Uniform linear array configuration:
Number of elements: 12
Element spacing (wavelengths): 0.75
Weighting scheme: kaiser
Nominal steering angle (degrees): -60
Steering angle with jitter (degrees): -60.566
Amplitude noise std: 0.05
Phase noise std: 0.05

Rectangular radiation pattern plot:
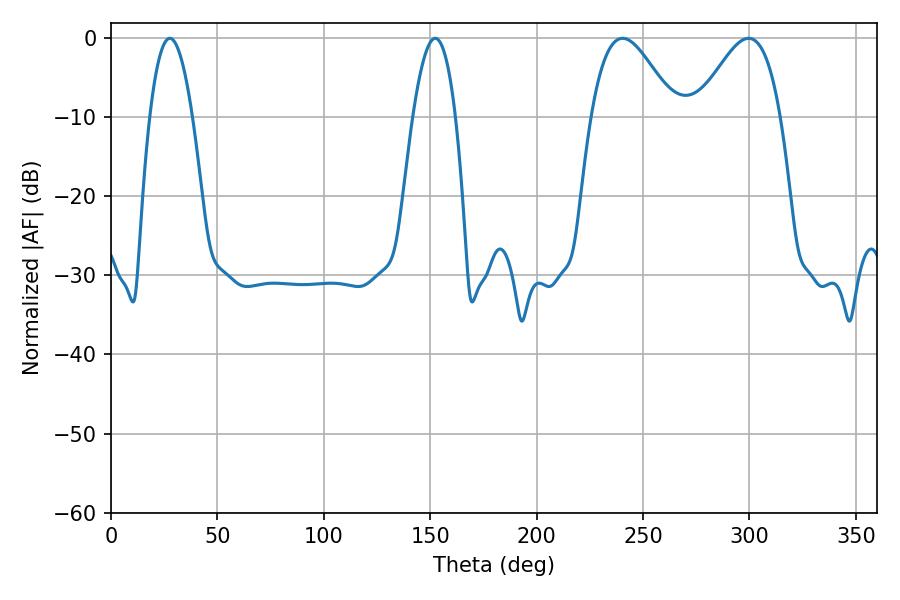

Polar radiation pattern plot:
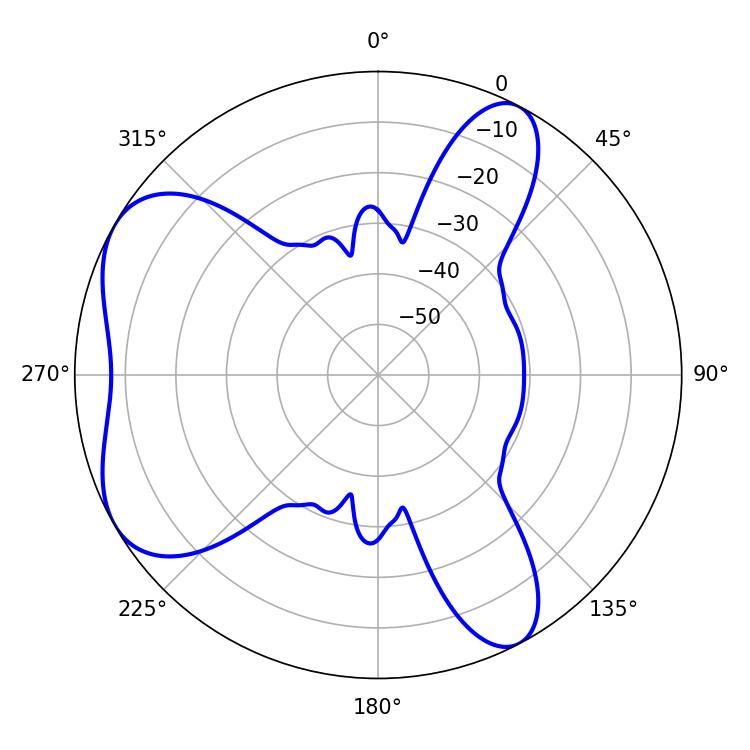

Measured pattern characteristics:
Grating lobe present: TRUE
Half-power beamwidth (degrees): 21.06
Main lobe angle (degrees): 240.3